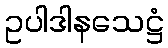
ဥပါဒါနသေဋ္ဌံ